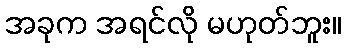
အခုက အရင်လို မဟုတ်ဘူး။